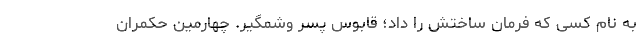
به نام کسی که فرمان ساختش را داد؛ قابوس پسر وُشمگیر. چهارمین حکمران